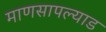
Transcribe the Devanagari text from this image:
माणसापल्याड